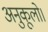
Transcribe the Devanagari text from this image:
अनुकूलो।